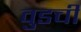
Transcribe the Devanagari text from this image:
वुडची